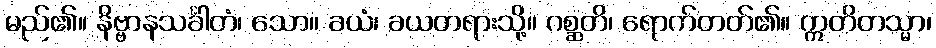
မည်၏။ နိဗ္ဗာနသင်္ခါတံ၊ သော။ ခယံ၊ ခယတရားသို့။ ဂစ္ဆတိ၊ ရောက်တတ်၏။ ဣတိတသ္မာ၊